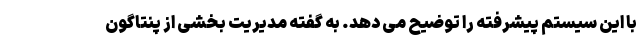
با این سیستم پیشرفته را توضیح می دهد. به گفته مدیریت بخشی از پنتاگون